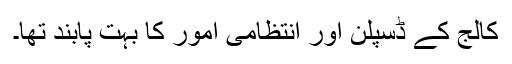
کالج کے ڈسپلن اور انتظامی امور کا بہت پابند تھا۔